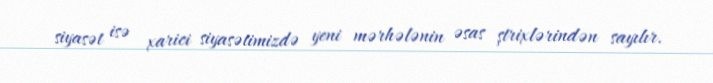
siyasət isə xarici siyasətimizdə yeni mərhələnin əsas ştrixlərindən sayılır.